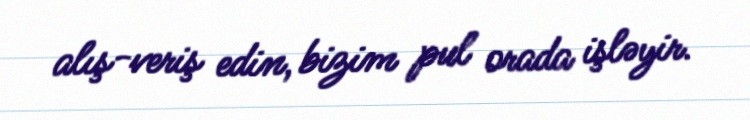
alış-veriş edin, bizim pul orada işləyir.